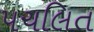
પચલિત